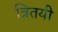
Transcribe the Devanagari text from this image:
त्रितयी